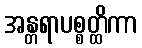
အန္တရာပစ္စတ္ထိကာ